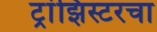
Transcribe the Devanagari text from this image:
ट्रांझिस्टरचा